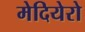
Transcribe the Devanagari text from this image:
मेदियेरो